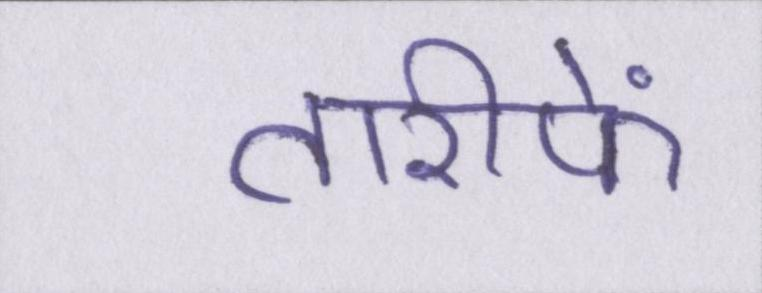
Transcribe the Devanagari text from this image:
तारीफें